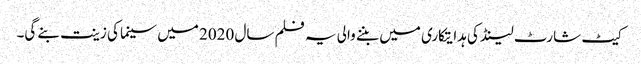
کیٹ شارٹ لینڈ کی ہدایتکاری میں بننے والی یہ فلم سال 2020 میں سینما کی زینت بنے گی۔